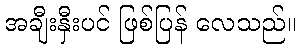
အချီးနှီးပင် ဖြစ်ပြန် လေသည်။